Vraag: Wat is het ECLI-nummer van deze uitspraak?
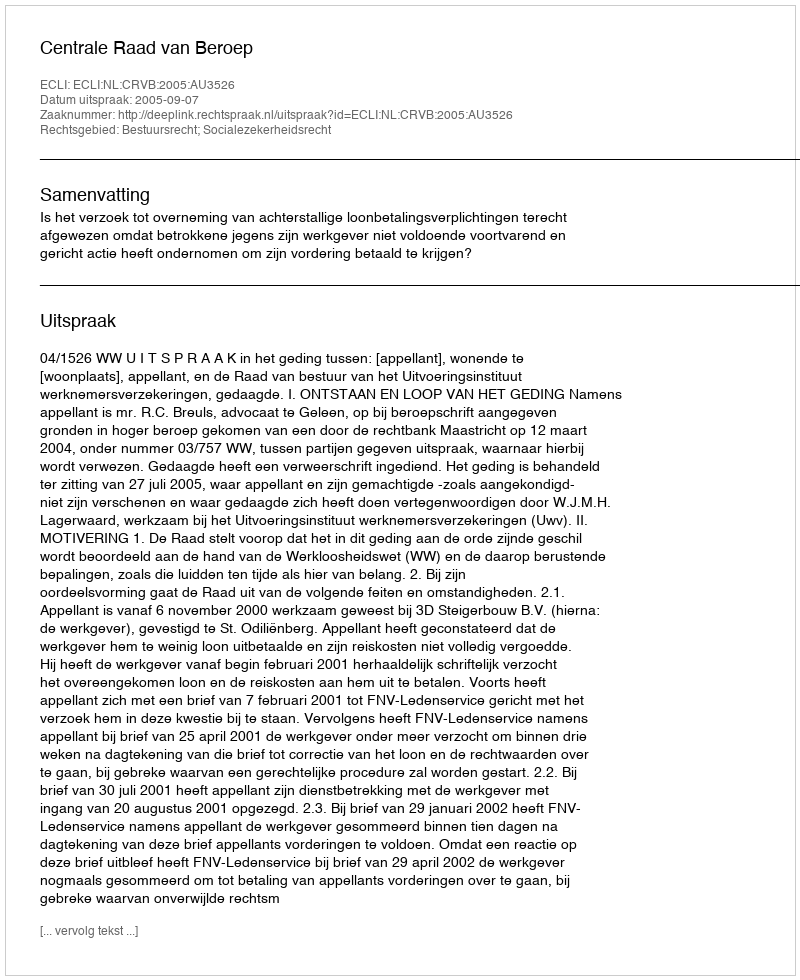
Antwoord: ECLI:NL:CRVB:2005:AU3526